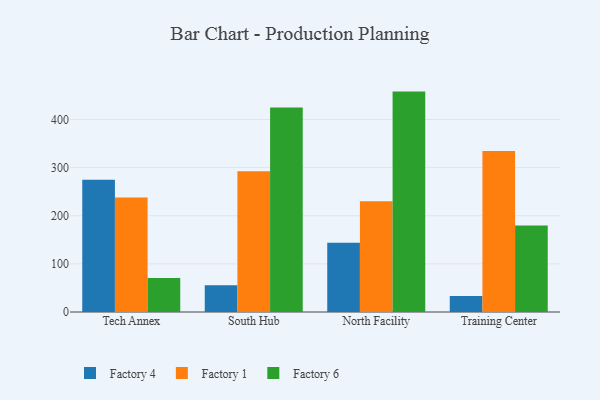
{"axis": {"x": "Campus", "y": "Backlog"}, "legend": ["Factory 1", "Factory 4", "Factory 6"], "data": [{"x": "Tech Annex", "y": 274.8, "type": "Factory 4"}, {"x": "Tech Annex", "y": 237.7, "type": "Factory 1"}, {"x": "Tech Annex", "y": 70.4, "type": "Factory 6"}, {"x": "South Hub", "y": 55.8, "type": "Factory 4"}, {"x": "South Hub", "y": 292.2, "type": "Factory 1"}, {"x": "South Hub", "y": 424.8, "type": "Factory 6"}, {"x": "North Facility", "y": 143.8, "type": "Factory 4"}, {"x": "North Facility", "y": 230.3, "type": "Factory 1"}, {"x": "North Facility", "y": 457.9, "type": "Factory 6"}, {"x": "Training Center", "y": 33.5, "type": "Factory 4"}, {"x": "Training Center", "y": 334.3, "type": "Factory 1"}, {"x": "Training Center", "y": 179.5, "type": "Factory 6"}]}